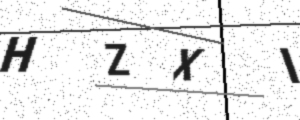
Text: HZXI